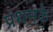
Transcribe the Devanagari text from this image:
प्रथमके